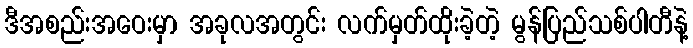
ဒီအစည်းအဝေးမှာ အခုလအတွင်း လက်မှတ်ထိုးခဲ့တဲ့ မွန်ပြည်သစ်ပါတီနဲ့